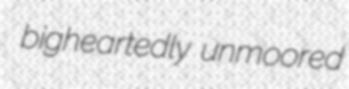
bigheartedly unmoored